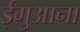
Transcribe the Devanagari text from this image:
ईगुआना